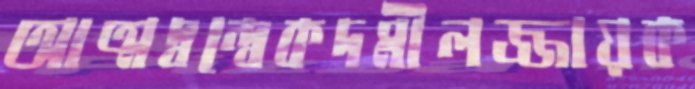
আত্মদ্বন্দ্বেকদমীলজ্জায়ক